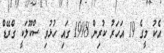
އެކު މީގެ 19 އަހަރު ކުރިން 1998 ގައި ހުޅުވި ސްކޫލަކީ ގްރޭޑް